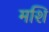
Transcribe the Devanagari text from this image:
मशि